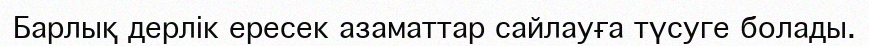
Барлық дерлік ересек азаматтар сайлауға түсуге болады.